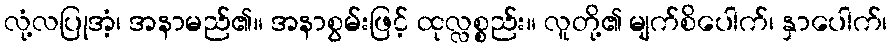
လုံ့လပြုအံ့၊ အနာမည်၏။ အနာစွမ်းဖြင့် ထုလ္လစ္စည်း။ လူတို့၏ မျက်စိပေါက်၊ နှာပေါက်၊